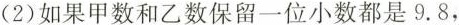
(2)如果甲数和乙数保留一位小数都是9.8，